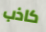
كاذب